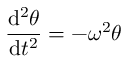
{ \frac { \mathrm { d } ^ { 2 } \theta } { \mathrm { d } t ^ { 2 } } } = - \omega ^ { 2 } \theta